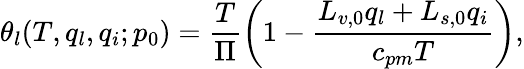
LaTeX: \theta_{l}(T,q_{l},q_{i};p_{0})=\frac{T}{\Pi}\left(1-\frac{L_{v,0}q_{l}+L_{s,0}q_{i}}{c_{pm}T}\right),